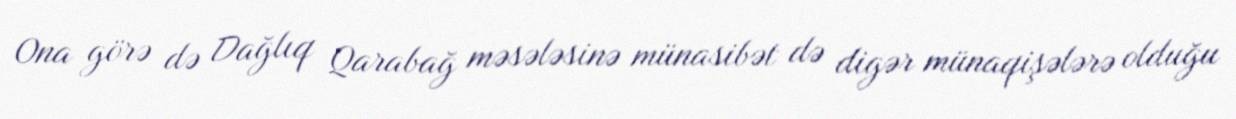
Ona görə də Dağlıq Qarabağ məsələsinə münasibət də digər münaqişələrə olduğu